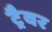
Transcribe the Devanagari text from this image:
ट्रैवर